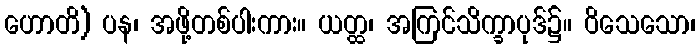
ဟောတိ) ပန၊ အဖို့တစ်ပါးကား။ ယတ္ထ၊ အကြင်သိက္ခာပုဒ်၌။ ဝိသေသော၊